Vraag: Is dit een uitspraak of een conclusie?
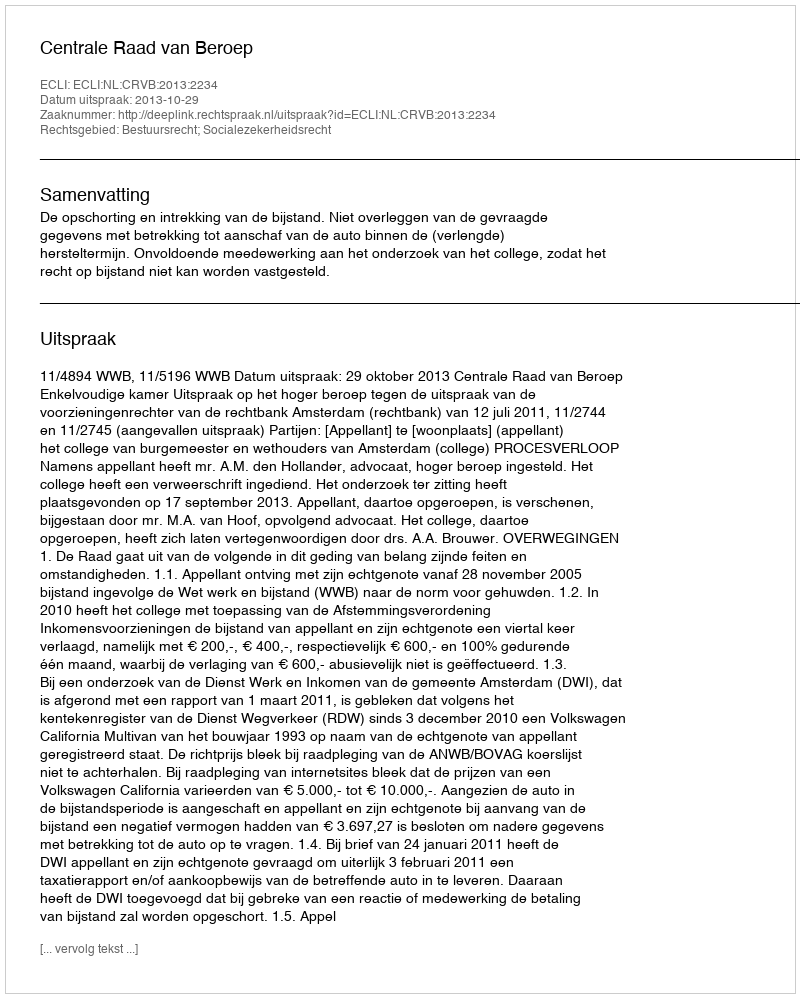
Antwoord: Uitspraak